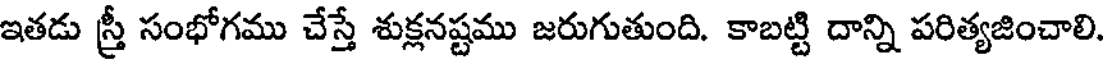
ఇతడు స్త్రీ సంభోగము చేస్తే శుక్లనష్టము జరుగుతుంది. కాబట్టి దాన్ని పరిత్యజించాలి.